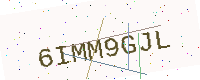
Text: 6IMM9GJL